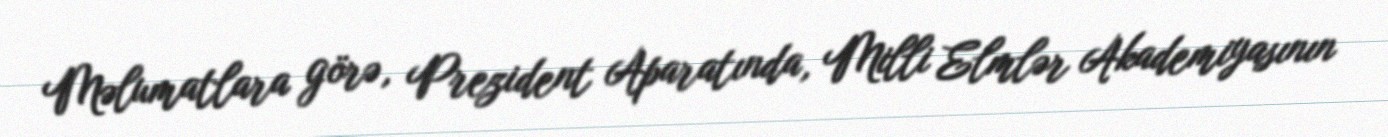
Məlumatlara görə, Prezident Aparatında, Milli Elmlər Akademiyasının